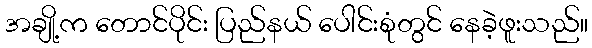
အချို့က တောင်ပိုင်း ပြည်နယ် ပေါင်းစုံတွင် နေခဲ့ဖူးသည်။